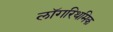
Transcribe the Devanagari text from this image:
लॉगरिथमिक